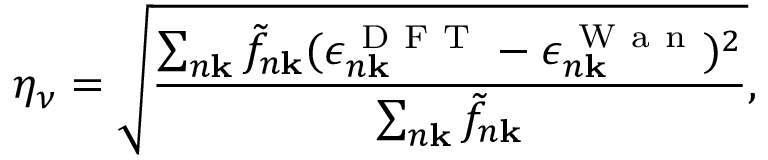
\eta _ { \nu } = \sqrt { \frac { \sum _ { n \mathbf { k } } \tilde { f } _ { n \mathbf { k } } ( \epsilon _ { n \mathbf { k } } ^ { \mathrm { ~ D ~ F ~ T ~ } } - \epsilon _ { n \mathbf { k } } ^ { \mathrm { ~ W ~ a ~ n ~ } } ) ^ { 2 } } { \sum _ { n \mathbf { k } } \tilde { f } _ { n \mathbf { k } } } } ,